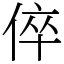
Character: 倅